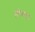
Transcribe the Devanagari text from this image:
लोचनदा